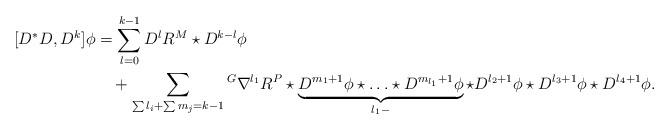
LaTeX: \begin{align*}[D^*D,D^k]\phi&=\sum_{l=0}^{k-1}D^{l}R^M\star D^{k-l}\phi\\&\quad+\sum_{\sum l_i+\sum {m_j}=k-1}{}^{G}\nabla^{l_1}R^P\star\underbrace{D^{m_1+1}\phi\star\ldots\star D^{m_{l_1}+1}\phi}_{l_1-}\star D^{l_2+1}\phi\star D^{l_3+1}\phi\star D^{l_4+1}\phi.\end{align*}